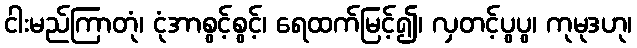
ငါးမည်ကြာတုံ၊ ငုံအာစွင့်စွင့်၊ ရေထက်မြင့်၍၊ လှတင့်ပွပွ၊ ကုမုဒဟု၊